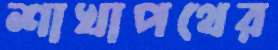
শাখাপথের